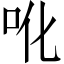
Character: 吪